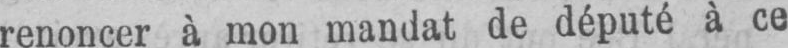
renoncer à mon mandat de député à ce